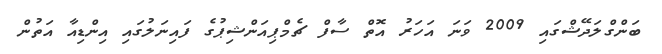
ބަންގްލަދޭޝްގައި 2009 ވަނަ އަހަރު އޮތް ސާފް ޗެމްޕިއަންޝިޕުގެ ފައިނަލުގައި އިންޑިއާ އަތުން